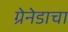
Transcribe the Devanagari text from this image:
ग्रेनेडाचा